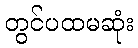
တွင်ပထမဆုံး